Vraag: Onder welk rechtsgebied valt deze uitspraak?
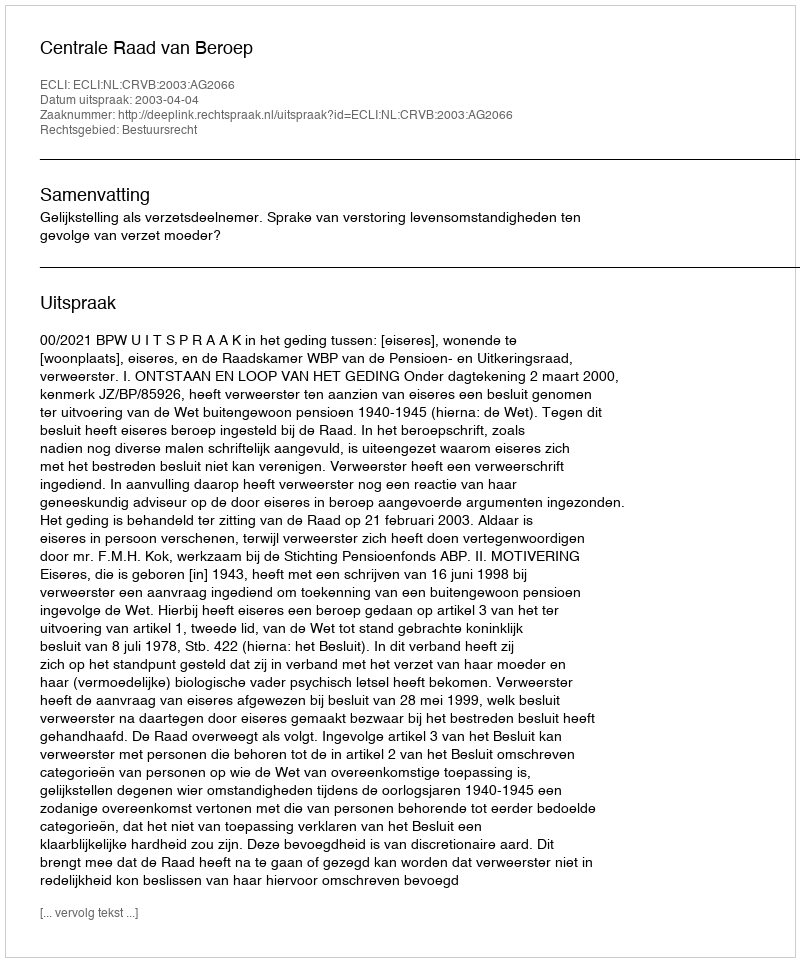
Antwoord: Bestuursrecht